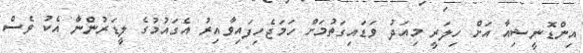
އިންޑޮނީޝިއާ އަށް ހިލަރީ މިއަދު ވަޑައިގަތުމަށް ހަމަޖެހިފައިވާއިރު އެގައުމުގެ ލީޑަރުންނާ އެކު ވެސް